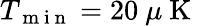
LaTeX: T_{\mathrm{~m~i~n~}}=20~\mu\mathrm{~K~}